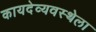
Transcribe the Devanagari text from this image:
कायदेव्यवस्थेला